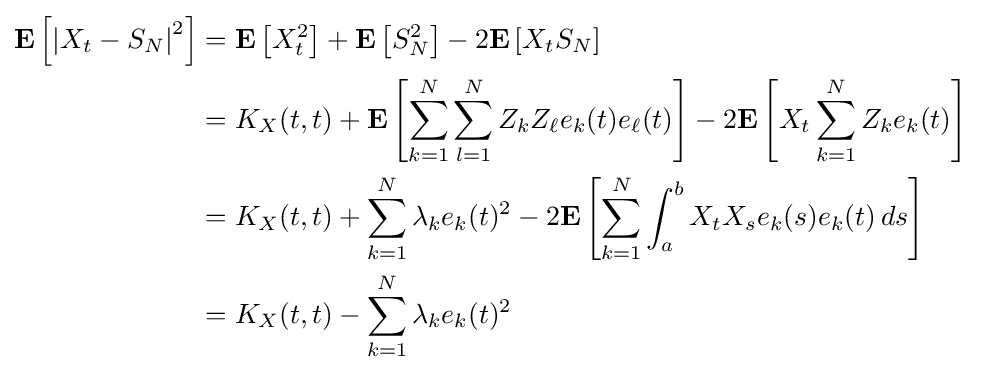
{\begin{aligned}\mathbf {E} \left[\left|X_{t}-S_{N}\right|^{2}\right]&=\mathbf {E} \left[X_{t}^{2}\right]+\mathbf {E} \left[S_{N}^{2}\right]-2\mathbf {E} \left[X_{t}S_{N}\right]\\&=K_{X}(t,t)+\mathbf {E} \left[\sum _{k=1}^{N}\sum _{l=1}^{N}Z_{k}Z_{\ell }e_{k}(t)e_{\ell }(t)\right]-2\mathbf {E} \left[X_{t}\sum _{k=1}^{N}Z_{k}e_{k}(t)\right]\\&=K_{X}(t,t)+\sum _{k=1}^{N}\lambda _{k}e_{k}(t)^{2}-2\mathbf {E} \left[\sum _{k=1}^{N}\int _{a}^{b}X_{t}X_{s}e_{k}(s)e_{k}(t)\,ds\right]\\&=K_{X}(t,t)-\sum _{k=1}^{N}\lambda _{k}e_{k}(t)^{2}\end{aligned}}